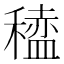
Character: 𫁆